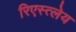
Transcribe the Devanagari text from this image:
रिएस्त्लेय